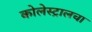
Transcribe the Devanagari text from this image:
कोलेस्ट्रालचा